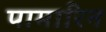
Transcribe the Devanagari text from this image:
पामारिन